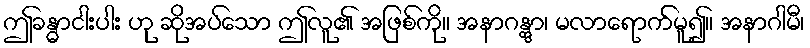
ဤခန္ဓာငါးပါး ဟု ဆိုအပ်သော ဤလူ၏ အဖြစ်ကို။ အနာဂန္တွာ၊ မလာရောက်မူ၍။ အနာဂါမီ၊